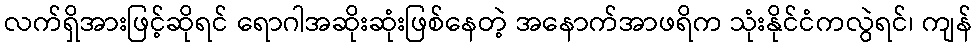
လက်ရှိအားဖြင့်ဆိုရင် ရောဂါအဆိုးဆုံးဖြစ်နေတဲ့ အနောက်အာဖရိက သုံးနိုင်ငံကလွဲရင်၊ ကျန်